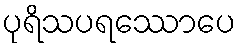
ပုရိသပရဿောပေ